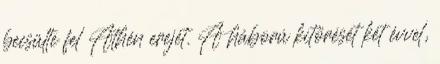
becsülte fel Athén erejét. A háború kitörését két évvel,